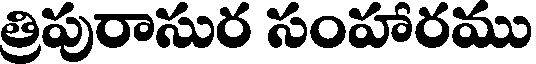
త్రిపురాసుర సంహారము